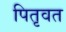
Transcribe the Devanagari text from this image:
पितृवत